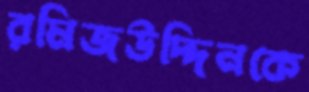
রমিজউদ্দিনকে